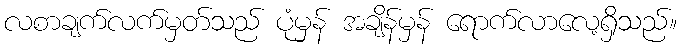
လစာချက်လက်မှတ်သည် ပုံမှန် အချိန်မှန် ရောက်လာလေ့ရှိသည်။